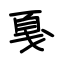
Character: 戛